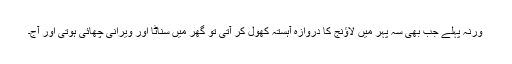
ورنہ پہلے جب بھی سہ پہر میں لاؤنج کا دروازہ آہستہ کھول کر آتی تو گھر میں سناٹا اور ویرانی چھائی ہوتی اور آج۔